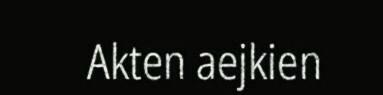
Akten aejkien